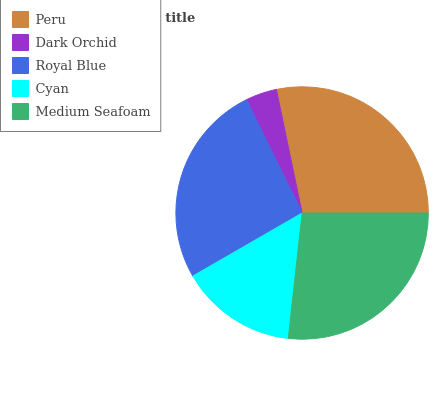
| Peru | Dark Orchid | Royal Blue | Cyan | Medium Seafoam |
 | --- | --- | --- | --- | --- |
 | 28.3% | 4.01% | 26.1% | 14.9% | 26.7% |